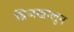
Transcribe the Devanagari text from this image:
ब्रिजखालून